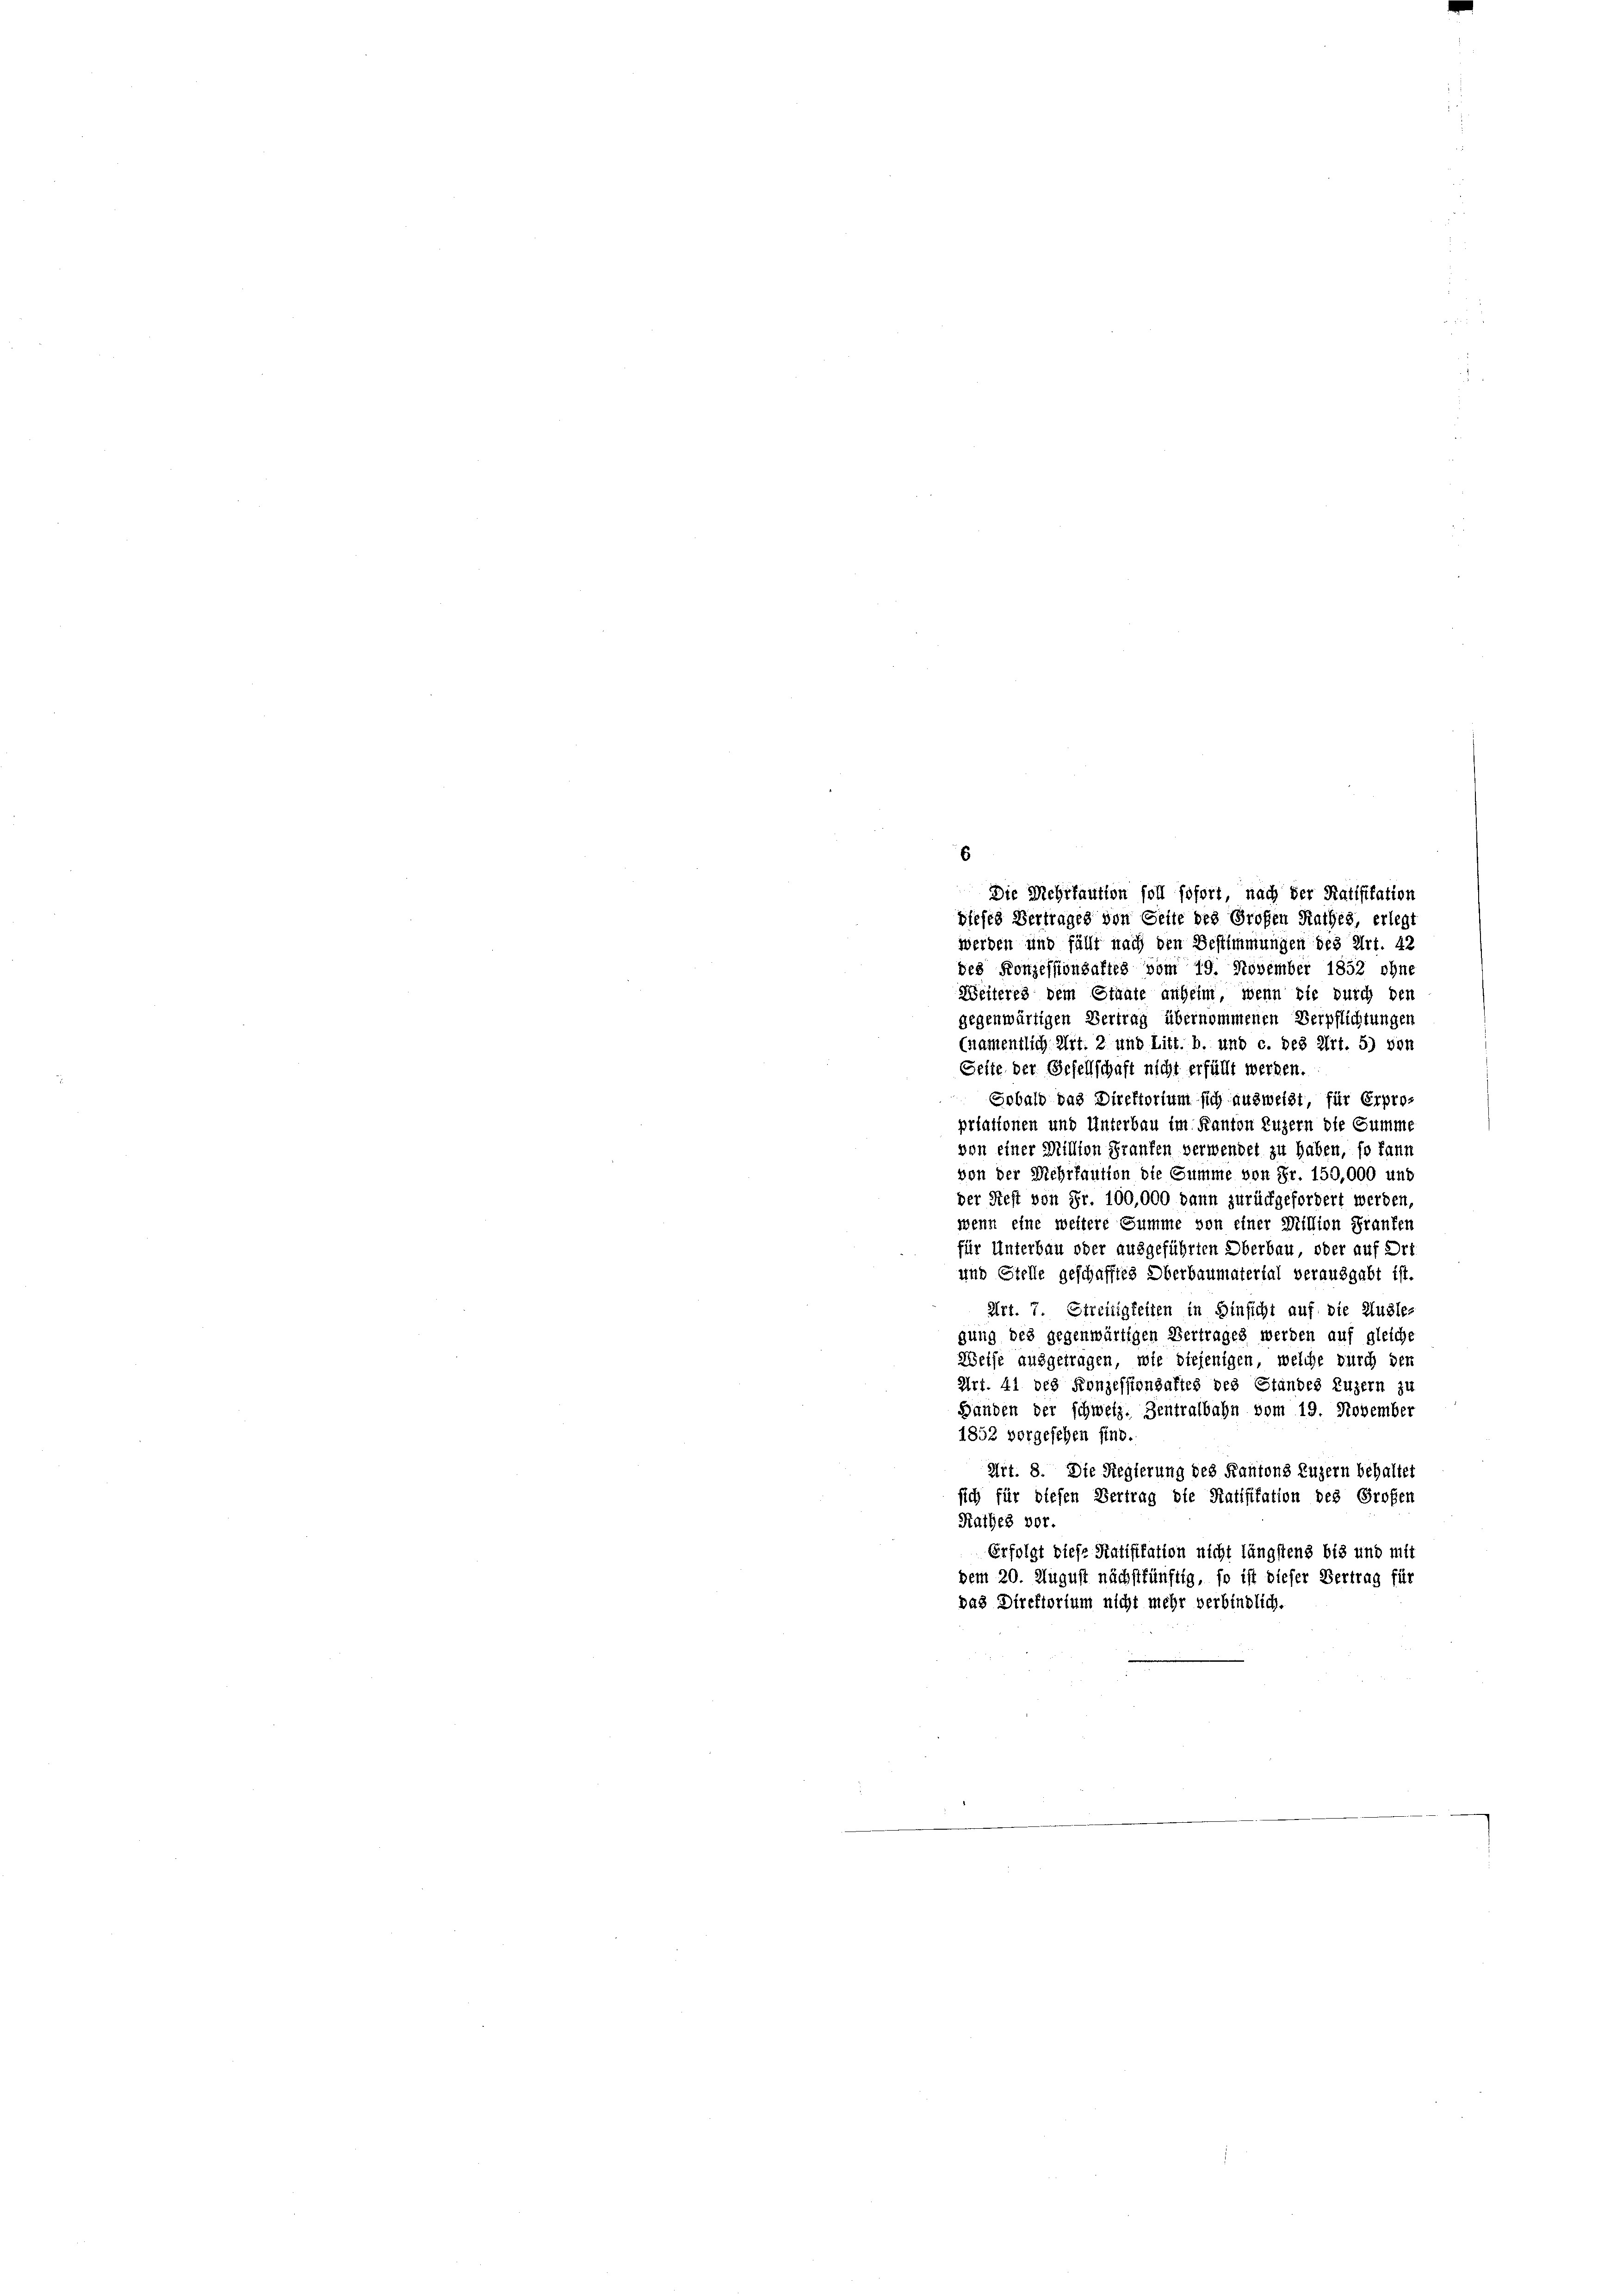
Die Mehrfaution soll sofort, nach der Ratifikation
sieses Vertrages von Seite des Großen Rathes, erlegt
werden und fällt nach den Bestimmungen des Art. 42
des Konzessionsaftes vom 19. November 1852 ohne
Weiteres dem Staate anheim, wenn sie durch den
gegenwärtigen Vertrag übernommenen Verpflichtungen
(namentlich Art. 2 und Litt. b. und c. des Art. 5) von
Geite der Gesellschaft nicht erfüllt werden.
Sobald das Direktorium sich ausweist, für Erpro-
prtationen und Unterbau im Kanton Luzern die Summe
von einer Million Franken verwendet zu haben, so kann
von der Mehrfaution die Summe von Fr. 150,000 und
der Rest von Fr. 100,000 dann zurückgefordert werden,
wenn eine weitere Summe von einer Million Franter
für Unterbau oder ausgeführten Oberbau oder auf Art.
und Stelle geschafftes Oberbaumaterial verausgabt ist.
Art. 7. Streitigkeiten in Hinsicht auf die Ausles
gung des gegenwärtigen Vertrages werden auf gleiche
Weise ausgetragen, wie diejenigen, welche durch den
Art. 41 des Konzessionsaftes des Standes Luzern zu
Händen der schweiz. Zentralbahn vom 19. November
1852 vorgesehen sind.
Art. 8. Die Regierung des Kantons Luzern behaltet
sich für diesen Vertrag die Ratifikation des Großen
Rathes vor.
Erfolgt diese Ratifikation nicht längstens bis und mit
dem 20. August nächstkünftig, so ist dieser Vertrag für
das Direktorium nicht mehr verbindlich.